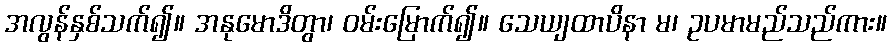
အလွန်နှစ်သက်၍။ အနုမောဒိတွာ၊ ဝမ်းမြောက်၍။ သေယျထာပိနာ မ၊ ဥပမာမည်သည်ကား။